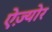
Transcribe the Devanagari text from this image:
ऐज़्योर